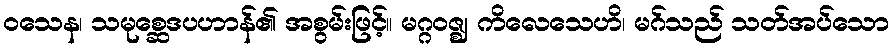
ဝသေန၊ သမုစ္ဆေဒပဟာန်၏ အစွမ်းဖြင့်။ မဂ္ဂဝဇ္ဈ ကိလေသေဟိ၊ မဂ်သည် သတ်အပ်သော